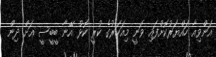
އަންވިއާ ހައްޔަރުކޮށްފައި ވަނީ މިއަހަރުގެ ކުރީ ކޮޅު އޭނާ ބީބީސީ އަށް ދިން